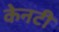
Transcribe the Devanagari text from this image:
केनटी